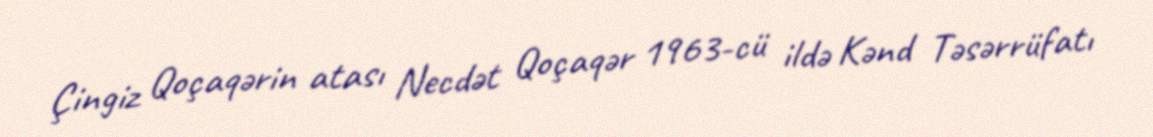
Çingiz Qoçaqərin atası Necdət Qoçaqər 1963-cü ildə Kənd Təsərrüfatı